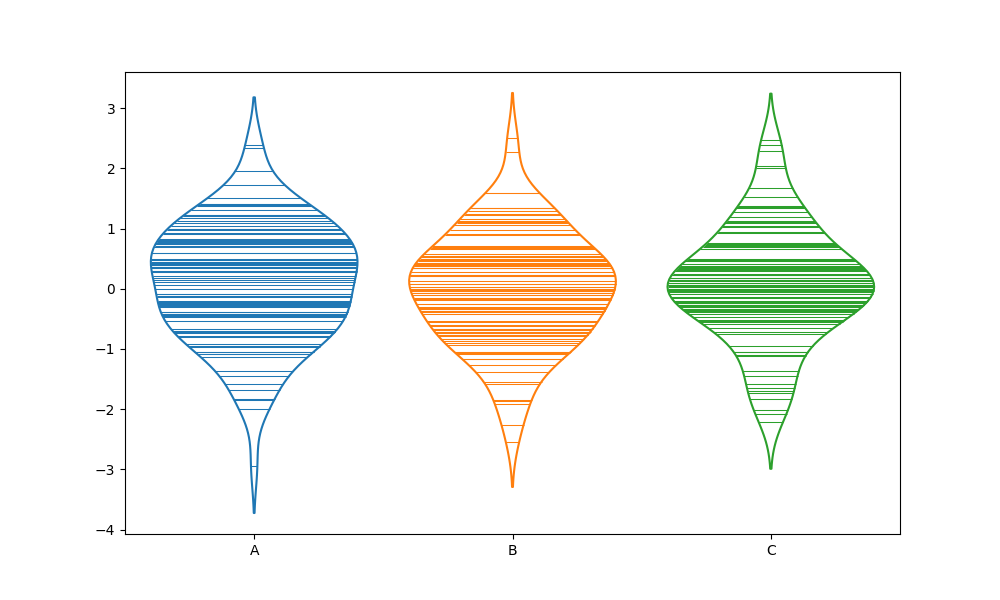
python, seaborn, violinplot, scale='area', split='False', inner='stick', fill='False'